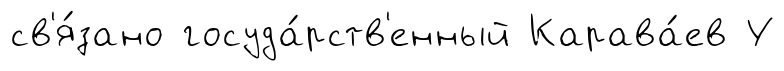
св'я́зано госуда́рств'енный Карава́ев У